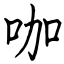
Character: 咖